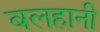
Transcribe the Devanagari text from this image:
बलहानी